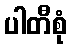
ပါတီစုံ